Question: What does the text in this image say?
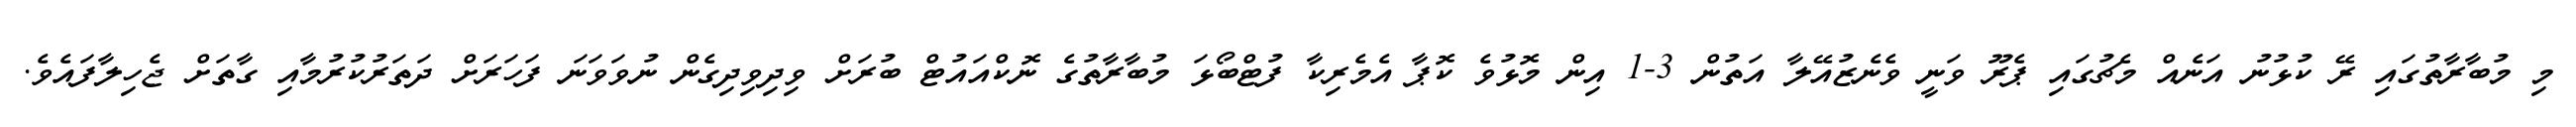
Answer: މި މުބާރާތުގައި ރޭ ކުޅުނު އަނެއް މެޗުގައި ޕެރޫ ވަނީ ވެނެޒުއޭލާ އަތުން 3-1 އިން މޮޅުވެ ކޮޕާ އެމެރިކާ ފުޓްބޯޅަ މުބާރާތުގެ ނޮކްއައުޓް ބުރަށް ވިދިވިދިގެން ނުވަވަނަ ފަހަރަށް ދަތަރުކުރުމާއި ގާތަށް ޖެހިލާފައެވެ.